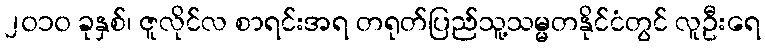
၂၀၁၀ ခုနှစ်၊ ဇူလိုင်လ စာရင်းအရ တရုတ်ပြည်သူ့သမ္မတနိုင်ငံတွင် လူဦးရေ